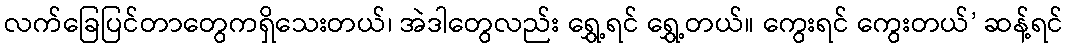
လက်ခြေပြင်တာတွေကရှိသေးတယ်၊ အဲဒါတွေလည်း ရွှေ့ရင် ရွှေ့တယ်။ ကွေးရင် ကွေးတယ်’ ဆန့်ရင်